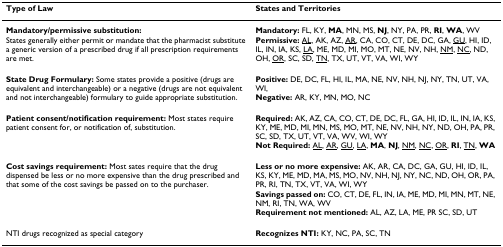
<table><thead><tr><td><b>Type of Law</b></td><td><b>States and Territories</b></td></tr></thead><tbody><tr><td><b>Mandatory/permissive substitution:</b>States generally either permit or mandate that the pharmacist substitute a generic version of a prescribed drug if all prescription requirements are met.</td><td><b>Mandatory: </b>FL, KY, <b>MA</b>, MN, MS, <b>NJ</b>, NY, PA, PR, <b>RI</b>, <b>WA</b>, WV<b>Permissive: </b><underline>AL</underline>, AK, AZ, <underline>AR</underline>, CA, CO, CT, DE, DC, GA, <underline>GU</underline>, HI, ID, IL, IN, IA, KS, <underline>LA</underline>, ME, MD, MI, MO, MT, NE, NV, NH, <underline>NM</underline>, <underline>NC</underline>, ND, OH, <underline>OR</underline>, SC, SD, <underline>TN</underline>, TX, UT, VT, VA, WI, WY</td></tr><tr><td><b>State Drug Formulary: </b>Some states provide a positive (drugs are equivalent and interchangeable) or a negative (drugs are not equivalent and not interchangeable) formulary to guide appropriate substitution.</td><td><b>Positive: </b>DE, DC, FL, HI, IL, MA, NE, NV, NH, NJ, NY, TN, UT, VA, WI,<b>Negative: </b>AR, KY, MN, MO, NC</td></tr><tr><td><b>Patient consent/notification requirement: </b>Most states require patient consent for, or notification of, substitution.</td><td><b>Required: </b>AK, AZ, CA, CO, CT, DE, DC, FL, GA, HI, ID, IL, IN, IA, KS, KY, ME, MD, MI, MN, MS, MO, MT, NE, NV, NH, NY, ND, OH, PA, PR, SC, SD, TX, UT, VT, VA, WV, WI, WY<b>Not Required: </b><underline>AL</underline>, <underline>AR</underline>, <underline>GU</underline>, <underline>LA</underline>, <b>MA</b>, <b>NJ</b>, <underline>NM</underline>, <underline>NC</underline>, <underline>OR</underline>, <b>RI</b>, <underline>TN</underline>, <b>WA</b></td></tr><tr><td><b>Cost savings requirement: </b>Most sates require that the drug dispensed be less or no more expensive than the drug prescribed and that some of the cost savings be passed on to the purchaser.</td><td><b>Less or no more expensive: </b>AK, AR, CA, DC, GA, GU, HI, ID, IL, KS, KY, ME, MD, MA, MS, MO, NV, NH, NJ, NY, NC, ND, OH, OR, PA, PR, RI, TN, TX, VT, VA, WI, WY<b>Savings passed on: </b>CO, CT, DE, FL, IN, IA, ME, MD, MI, MN, MT, NE, NM, RI, TN, WA, WV<b>Requirement not mentioned: </b>AL, AZ, LA, ME, PR SC, SD, UT</td></tr><tr><td>NTI drugs recognized as special category</td><td><b>Recognizes NTI: </b>KY, NC, PA, SC, TN</td></tr></tbody></table>